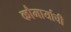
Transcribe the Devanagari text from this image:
कौमार्याची